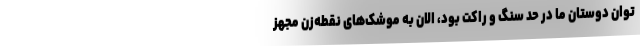
توان دوستان ما در حد سنگ و راکت بود، الان به موشک‌های نقطه‌زن مجهز